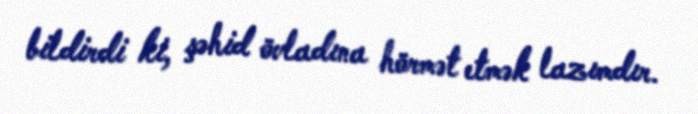
bildirdi ki, şəhid övladına hörmət etmək lazımdır.